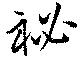
祕